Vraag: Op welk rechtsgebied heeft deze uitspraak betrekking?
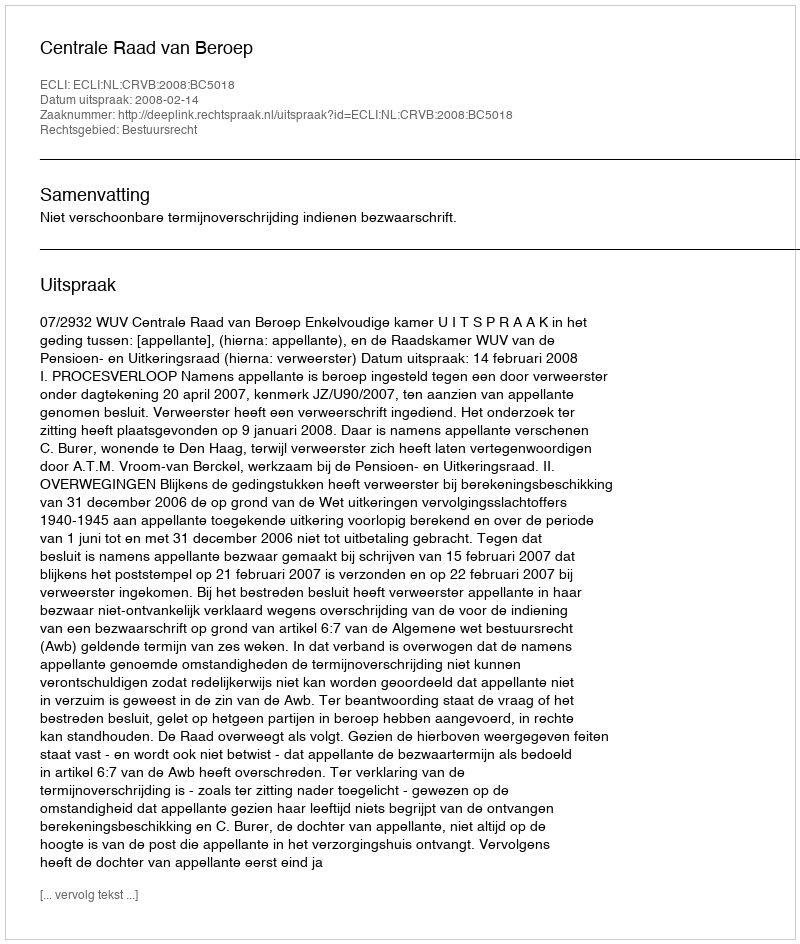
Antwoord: Bestuursrecht